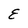
Character: E